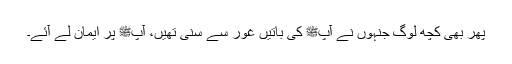
پھر بھی کچھ لوگ جنہوں نے آپﷺ کی باتیں غور سے سنی تھیں، آپﷺ پر ایمان لے آئے۔